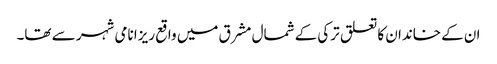
ان کے خاندان کا تعلق ترکی کے شمال مشرق میں واقع ریزا نامی شہر سے تھا۔